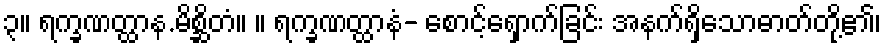
၃။ ရက္ခဏတ္ထာန.မိစ္ဆိတံ။ ။ ရက္ခဏတ္ထာနံ- စောင့်ရှောက်ခြင်း အနက်ရှိသောဓာတ်တို့၏၊